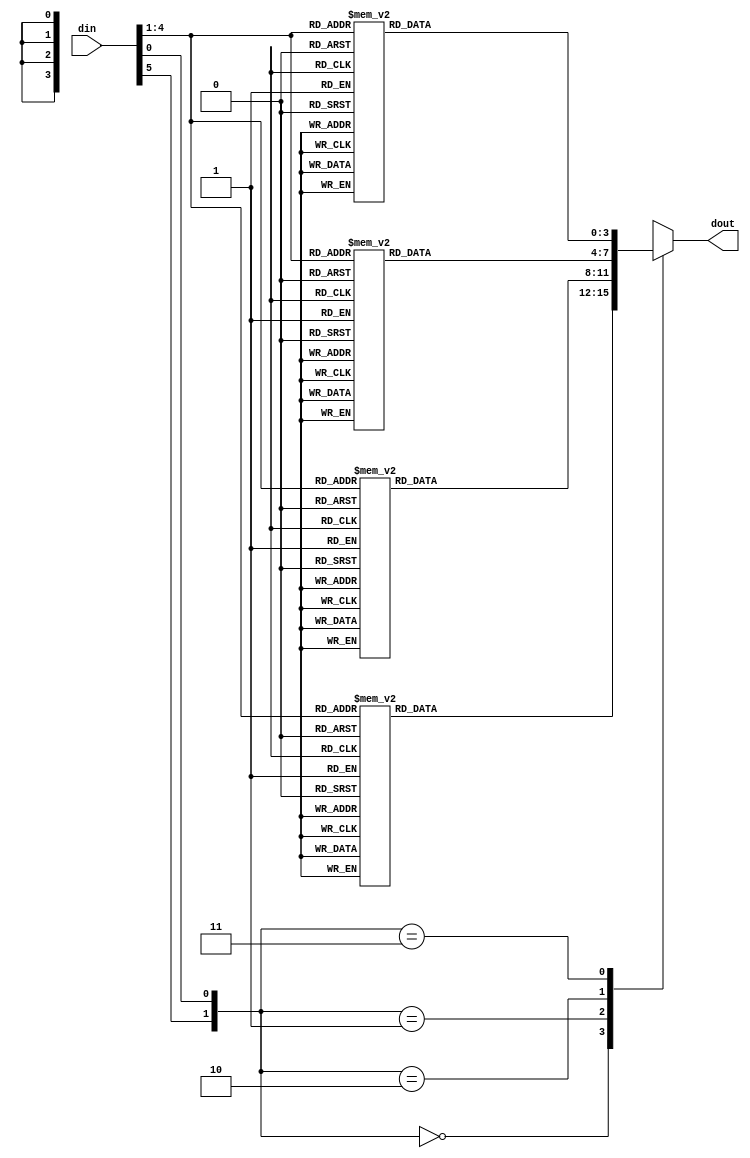
module S6_BOX (
    input [5:0] din,
    output [3:0] dout
);

wire [1:0] row_sel;
wire [3:0] col_sel;
reg [3:0] data;

assign row_sel = {din[5], din[0]};
assign col_sel = din[4:1];
assign dout = data;

always @(*) begin
    case (row_sel)
        0: begin
            case (col_sel)
                0: data = 12; 
                1: data = 1;                
                2: data = 10;                
                3: data = 15;
                4: data = 9; 
                5: data = 2;                
                6: data = 6;                
                7: data = 8;
                8: data = 0; 
                9: data = 13;                
                10: data =3 ;            
                11: data =4 ;
                12: data =14 ;
                13: data =7 ;               
                14: data =5 ;               
                15: data =11 ;   
            endcase
        end
        1: begin
            case (col_sel)
                0: data = 10; 
                1: data = 15;                
                2: data = 4;                
                3: data = 2;
                4: data = 7; 
                5: data = 12;                
                6: data = 9;                
                7: data = 5;
                8: data = 6; 
                9: data = 1;                
                10: data =13 ;               
                11: data =14 ;
                12: data =0 ;
                13: data =11 ;            
                14: data =3 ;             
                15: data =8 ; 
            endcase
        end
        2: begin
            case (col_sel)
                0: data = 9; 
                1: data = 14;                
                2: data = 15;                
                3: data = 5;
                4: data = 2; 
                5: data = 8;                
                6: data = 12;                
                7: data = 3;
                8: data = 7; 
                9: data = 0;                
                10: data =4 ;               
                11: data =10 ;
                12: data =1 ;
                13: data =13 ;            
                14: data =11 ;             
                15: data =6 ;  
            endcase
        end
        3: begin
            case (col_sel)
                0: data = 4; 
                1: data = 3;                
                2: data = 2;                
                3: data = 12;
                4: data = 9; 
                5: data = 5;                
                6: data = 15;                
                7: data = 10;
                8: data = 11; 
                9: data = 14;                
                10: data =1 ;               
                11: data =7 ;
                12: data =6 ;
                13: data =0 ;            
                14: data =8 ;             
                15: data =13 ;  
            endcase
        end
    endcase
end
    
endmodule